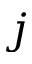
j